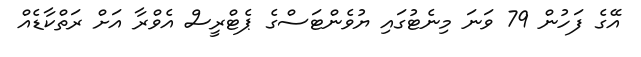
އޭގެ ފަހުން 79 ވަނަ މިނެޓުގައި ޔުވެންޓަސްގެ ޕެޓްރީސް އެވްރާ އަށް ރަތްކާޑެއް